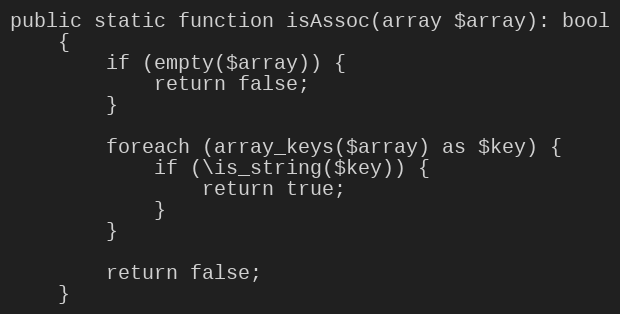
Language: PHP
public static function isAssoc(array $array): bool
    {
        if (empty($array)) {
            return false;
        }

        foreach (array_keys($array) as $key) {
            if (\is_string($key)) {
                return true;
            }
        }

        return false;
    }